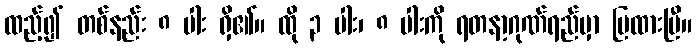
ထည့်၍ တစ်နည်း ၈ ပါး ရှိ၏။ ထို ၃ ပါး၊ ၈ ပါးကို ရတနာ့ဂုဏ်ရည်မှာ ပြထားပြီ။